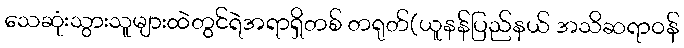
သေဆုံးသွားသူများထဲတွင်ရဲအရာရှိတစ် တရုတ်(ယူနန်ပြည်နယ် အသိဆရာဝန်